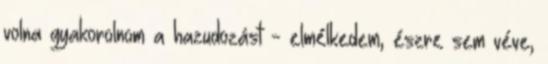
volna gyakorolnom a hazudozást - elmélkedem, észre sem véve,